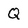
Character: q